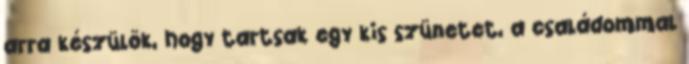
arra készülök, hogy tartsak egy kis szünetet, a családommal